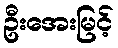
ဦးအေးမြင့်